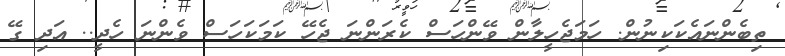
ތިބެންނައެކަކިނުން. ހަމަޖެހީލާން ވޭންހަސް ކެރަންނަ ޖެހޭ ކަމަކަހަސް ވެންނަ ހެދީ.. އަދި ގޭ